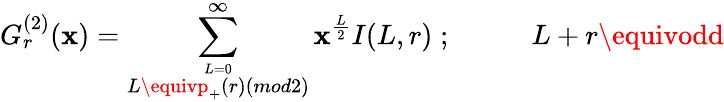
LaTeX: G_{r}^{(2)}(\mathbf{x})=\sum_{\stackrel{L=0}{L\equivp_{+}(r)(mod2)}}^{\infty}\mathbf{x}^{\frac{{L}}{{2}}}I(L,r)\; ;\; \; \; \; \; \; \; \; \; \; L+r\equivodd